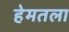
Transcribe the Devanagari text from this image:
हेमतला